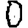
Digit: 0